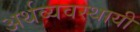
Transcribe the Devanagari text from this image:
अर्थव्यवस्थायी